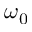
\omega _ { 0 }